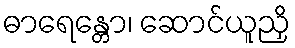
ဓာရေန္တော၊ ဆောင်ယူညှိ